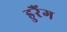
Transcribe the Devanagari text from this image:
डुरैंग